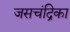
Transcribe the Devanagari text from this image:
जसचंद्रिका